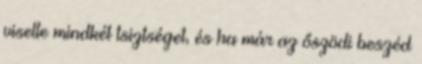
viselte mindkét tsiztséget, és ha már az őszödi beszéd